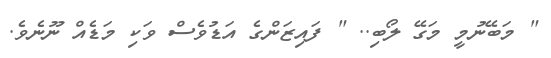
" މަބޭނުމީ މަގޭ ލޯބި.. " ފައިޒަންގެ އަޑުވެސް ވަކި މަޑެއް ނޫނެވެ.